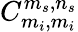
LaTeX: C_{m_{i},m_{i}}^{m_{s},n_{s}}